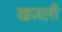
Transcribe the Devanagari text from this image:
खजली